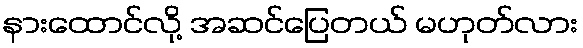
နားထောင်လို့ အဆင်ပြေတယ် မဟုတ်လား